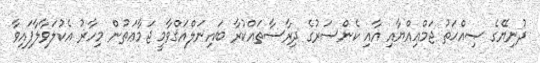
ދުނިޔޭގެ ޞިއްޙަތު ޖަމްޢިއްޔާއި އާއި ކެންސަރުގެ ދިރާސާތައްކުރާ ބައިނަލްއަޤްވާމީ ޖަމާޢަތުން މިހާރު އެކުލަވާލާފައިވާ